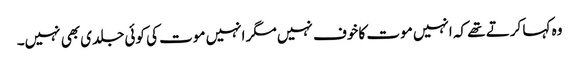
وہ کہا کرتے تھے کہ انہیں موت کا خوف نہیں مگر انہیں موت کی کوئی جلدی بھی نہیں۔